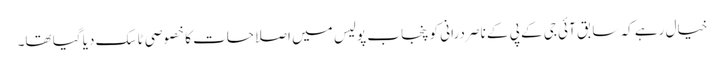
خیال رہے کہ سابق آئی جی کے پی کے ناصر درانی کو پنجاب پولیس میں اصلاحات کا خصوصی ٹاسک دیا گیا تھا۔